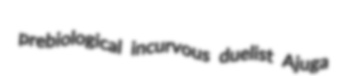
prebiological incurvous duelist Ajuga